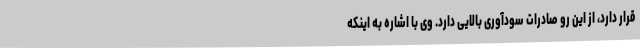
قرار دارد، از این رو صادرات سودآوری بالایی دارد. وی با اشاره به اینکه